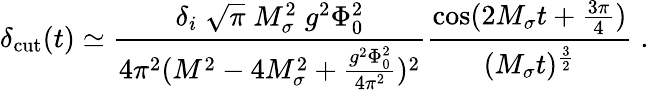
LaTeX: \delta_{\mathrm{cut}}(t)\simeq{\frac{\delta_{i}\; \sqrt{\pi}\; M_{\sigma}^{2}\; g^{2}\Phi_{0}^{2}}{4\pi^{2}(M^{2}-4M_{\sigma}^{2}+{\frac{g^{2}\Phi_{0}^{2}}{4\pi^{2}}})^{2}}}{\frac{\cos(2M_{\sigma}t+{\frac{3\pi}{4}})}{(M_{\sigma}t)^{\frac{3}{2}}}}\; .